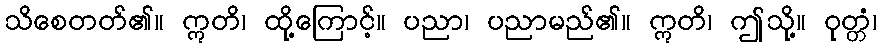
သိစေတတ်၏။ ဣတိ၊ ထို့ကြောင့်။ ပညာ၊ ပညာမည်၏။ ဣတိ၊ ဤသို့။ ဝုတ္တံ၊